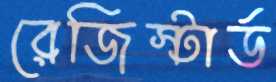
রেজিস্টার্ড